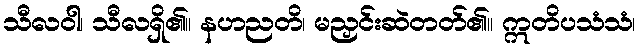
သီလဝါ၊ သီလရှိ၏။ နဟညတိ၊ မညှင်းဆဲတတ်၏။ ဣတိပသံသံ၊